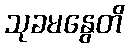
သုခမနွေတိ